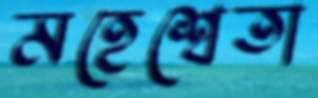
মহেশ্বেতা